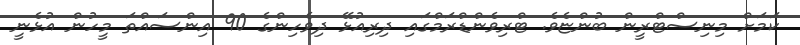
ކަމަށް މިނިސްޓްރީން ބުންޏެވެ. ޓްރިވެންޑްރަމްގައި ދިރިއުޅޭ ދިވެހިންގެ 90 އިންސައްތަ މީހުން އުޅެނީ